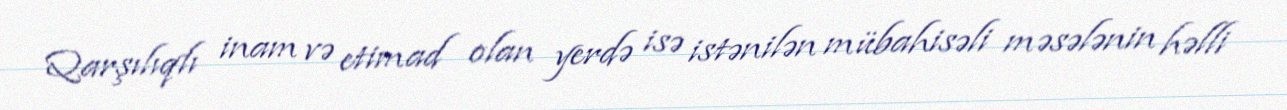
Qarşılıqlı inam və etimad olan yerdə isə istənilən mübahisəli məsələnin həlli